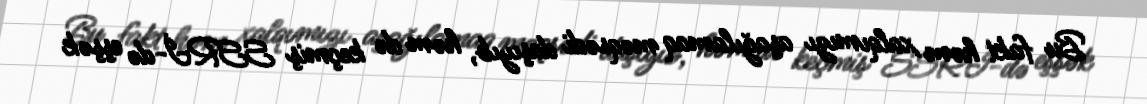
Bu fakt həm xalqımızı aşağılamaq məqsədi daşıyıb, həm də keçmiş SSRİ-də eşşək